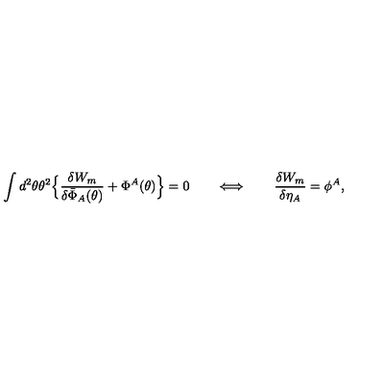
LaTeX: \int d ^ { 2 } \theta \theta ^ { 2 } \Bigr \{ \frac { \delta W _ { m } } { \delta \bar { \Phi } _ { A } ( \theta ) } + \Phi ^ { A } ( \theta ) \Bigr \} = 0 \qquad \Longleftrightarrow \qquad \frac { \delta W _ { m } } { \delta \eta _ { A } } = \phi ^ { A } ,